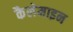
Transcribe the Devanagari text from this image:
कैलेमाइन